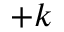
+ k